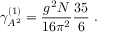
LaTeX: \gamma _ { A ^ { 2 } } ^ { ( 1 ) } = \frac { g ^ { 2 } N } { 1 6 \pi ^ { 2 } } \frac { 3 5 } { 6 } \; .